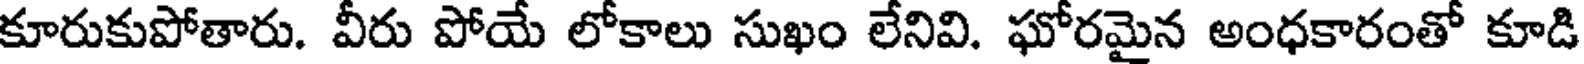
కూరుకుపోతారు. వీరు పోయే లోకాలు సుఖం లేనివి. ఘోరమైన అంధకారంతో కూడి